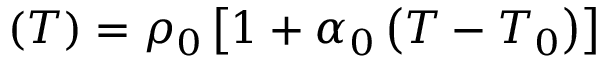
\operatorname { \rho } ( T ) = \rho _ { 0 } \left[ 1 + \alpha _ { 0 } \left( T - T _ { 0 } \right) \right]